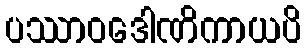
ပဿာဝဒေါဏိကာယပိ